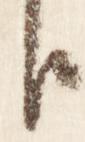
臣